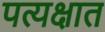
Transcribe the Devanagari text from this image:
पत्यक्षात